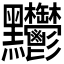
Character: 𪓊